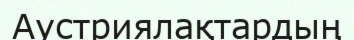
Аустриялақтардың